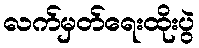
လက်မှတ်ရေးထိုးပွဲ